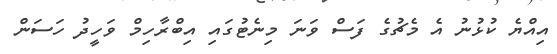
އިއްޔެ ކުޅުނު އެ މެޗުގެ ފަސް ވަނަ މިނެޓުގައި އިބްރާހިމް ވަހީދު ހަސަން